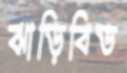
ঝাড়িবিড